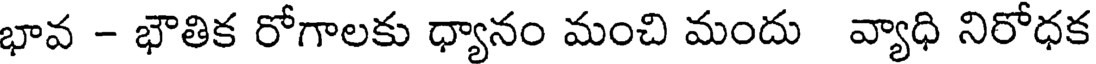
భావ - భౌతిక రోగాలకు ధ్యానం మంచి మందు వ్యాధి నిరోధక